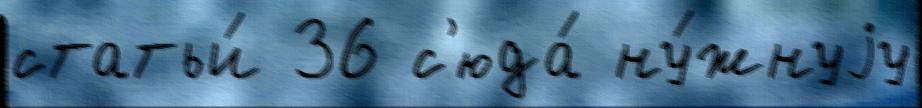
статьи́ 36 с'юда́ ну́жнуjу